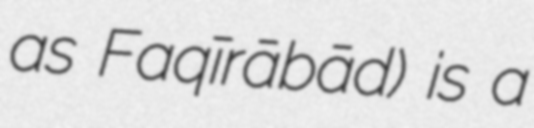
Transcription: as Faqīrābād) is a